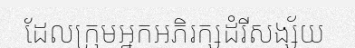
ដែលក្រុមអ្នកអភិរក្សដំរីសង្ស័យ